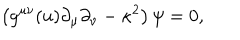
\left( g ^ { \mu \nu } ( u ) \partial _ { \mu } \partial _ { \nu } - \kappa ^ { 2 } \right) \psi = 0 ,